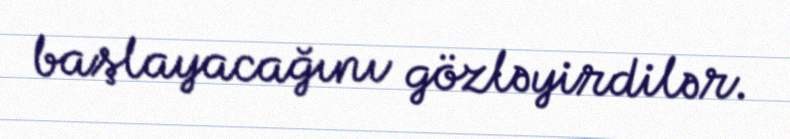
başlayacağını gözləyirdilər.